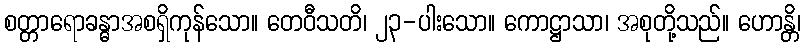
စတ္တာရောခန္ဓာအစရှိကုန်သော။ တေဝီသတိ၊ ၂၃-ပါးသော။ ကောဋ္ဌာသာ၊ အစုတို့သည်။ ဟောန္တိ၊